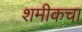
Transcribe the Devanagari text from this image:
शमीकचा